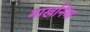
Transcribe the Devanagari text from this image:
माखनिया